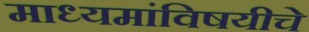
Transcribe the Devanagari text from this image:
माध्यमांविषयीचे